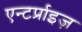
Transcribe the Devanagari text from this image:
एन्टर्प्राइज़